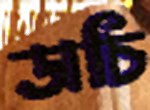
ডাচি